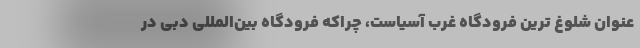
عنوان شلوغ ترین فرودگاه غرب آسیاست، چراکه فرودگاه بین‌المللی دبی در